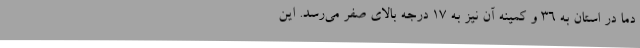
دما در استان به 36 و کمینه آن نیز به 17 درجه بالای صفر می‌رسد. این